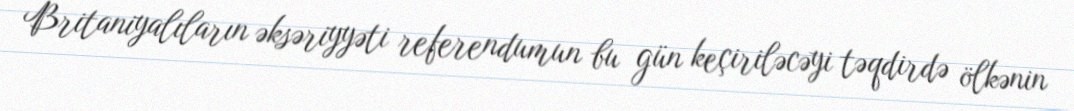
Britaniyalıların əksəriyyəti referendumun bu gün keçiriləcəyi təqdirdə ölkənin